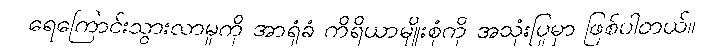
ရေကြောင်းသွားလာမှုကို အာရုံခံ ကိရိယာမျိုးစုံကို အသုံးပြုမှာ ဖြစ်ပါတယ်။